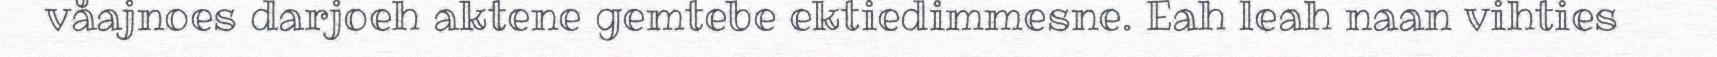
våajnoes darjoeh aktene gemtebe ektiedimmesne. Eah leah naan vihties